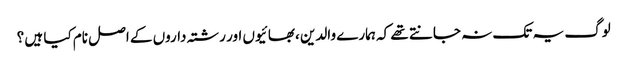
لوگ یہ تک نہ جانتے تھے کہ ہمارے والدین ،بھائیوں اور رشتہ داروں کے اصل نام کیا ہیں ؟